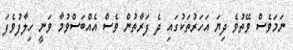
ނަމަވެސް ވޭތުވެ ދިޔަ އަހަރުތަކުގައި ދެ ފަރާތުން ވެސް އެއްބަސްވުމާ ވަނީ ހިލާފުވެފަ